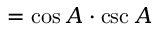
= \cos A \cdot \csc A